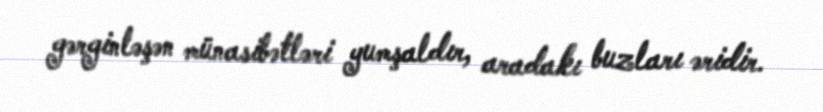
gərginləşən münasibətləri yumşaldır, aradakı buzları əridir.